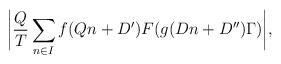
LaTeX: \begin{align*} \bigg|\frac{Q}{T}\sum_{n \in I} f(Qn+ D')F(g(Dn+D'')\Gamma)\bigg|,\end{align*}